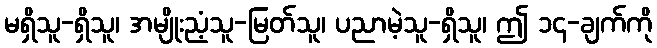
မရှိသူ-ရှိသူ၊ အမျိုးညံ့သူ-မြတ်သူ၊ ပညာမဲ့သူ-ရှိသူ၊ ဤ ၁၄-ချက်ကို